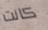
كانت